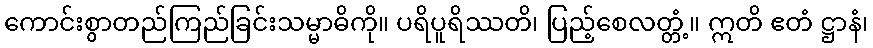
ကောင်းစွာတည်ကြည်ခြင်းသမ္မာဓိကို။ ပရိပူရိဿတိ၊ ပြည့်စေလတ္တံ့။ ဣတိ ဧတံ ဋ္ဌာနံ၊